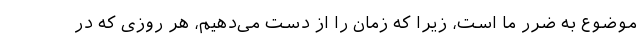
موضوع به ضرر ما است، زیرا که زمان را از دست می‌دهیم، هر روزی که در